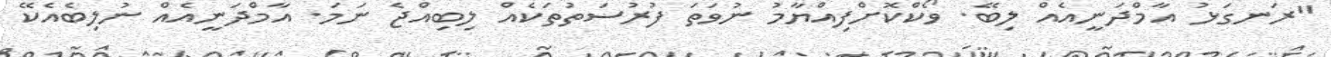
"ރަނގަޅު އާމްދަނީއެއް ލިބޭ. ވޯކްކޮށްފިއްޔާމު ނުވަތަ ފުރުސަތުތަކެއް ލިބިއްޖެ ނަމަ. އާމްދަނީއެއް ނުލިބެއެކޭ